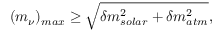
( m _ { \nu } ) _ { m a x } \geq \sqrt { \delta m _ { s o l a r } ^ { 2 } + \delta m _ { a t m } ^ { 2 } } ,